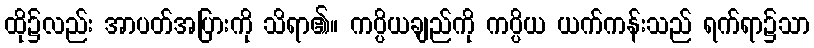
ထို၌လည်း အာပတ်အပြားကို သိရာ၏။ ကပ္ပိယချည်ကို ကပ္ပိယ ယက်ကန်းသည် ရက်ရာ၌သာ